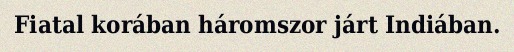
Fiatal korában háromszor járt Indiában.